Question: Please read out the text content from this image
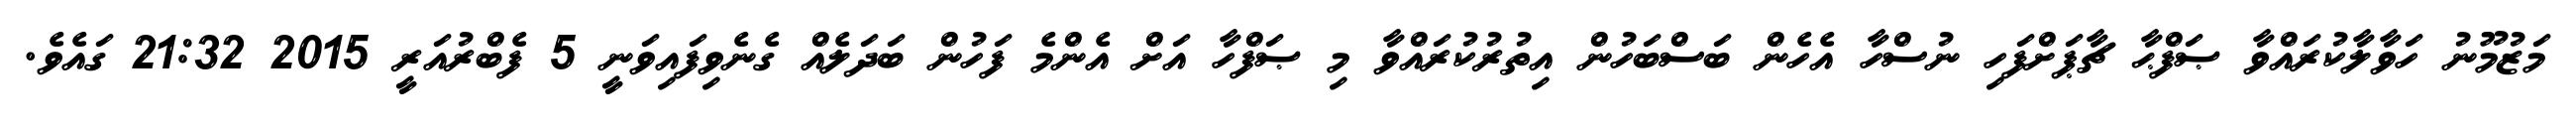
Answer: މަޒުމޫނު ހަވާލާކުރައްވާ ޞަފްޙާ ޗާޕަށްފަހި ނުސްހާ އެހެން ބަސްބަހުން އިތުރުކުރައްވާ މި ޞަފްހާ އަށް އެންމެ ފަހުން ބަދަލެއް ގެނެވިފައިވަނީ 5 ފެބްރުއަރީ 2015 21:32 ގައެވެ.